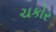
ચકોર